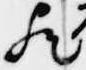
歟